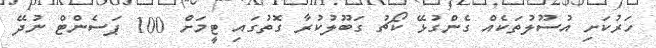
ހަރުކަށި އުސޫލުތަކެއް ގެންގުޅޭ ކޯޗު ގަބޫލުކުރާ ގޮތުގައި ޓީމަށް 100 ޕަސެންޓް ނުދޭ